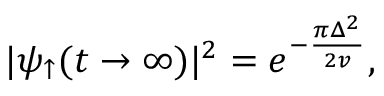
| \psi _ { \uparrow } ( t \rightarrow \infty ) | ^ { 2 } = e ^ { - \frac { \pi \Delta ^ { 2 } } { 2 v } } ,